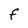
Character: F